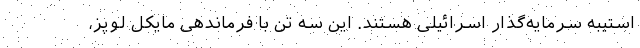
استیبه سرمایه‌گذار اسرائیلی هستند. این سه تن با فرماندهی مایکل لوپز،